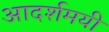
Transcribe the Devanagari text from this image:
आदर्शमयी